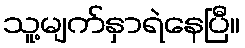
သူ့မျက်နှာရဲနေပြီ။